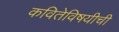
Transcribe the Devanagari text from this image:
कवितेविषयीची